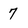
Character: 7